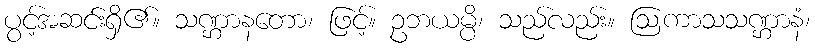
ပွင့်အဆင်းရှိ၏။ သဏ္ဌာနတော၊ ဖြင့်။ ဥဘယမ္ပိ၊ သည်လည်း။ ဩကာသသဏ္ဌာနံ၊